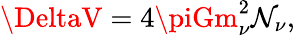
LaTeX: \DeltaV=4\piGm_{\nu}^{2}\mathcal{N}_{\nu},